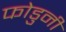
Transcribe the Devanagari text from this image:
फोडुनी